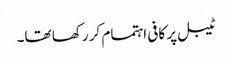
ٹیبل پر کافی اہتمام کر رکھا تھا۔